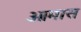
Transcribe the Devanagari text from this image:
ओमास